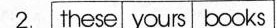
2.these yours books